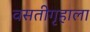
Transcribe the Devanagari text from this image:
वसतीगृहाला